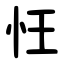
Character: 忹